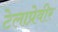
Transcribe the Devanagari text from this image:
टेलाप्रेवीर